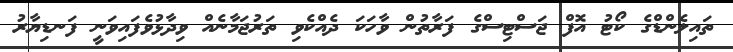
ތައިލެންޑްގެ ކޯޓު އޮފް ޖަސްޓިސްގެ ފަރާތުން ވާހަކަ ދެއްކެވި ތަރުޖަމާނެއް ވިދާޅުވެފައިވަނީ ފަނޑިޔާރު